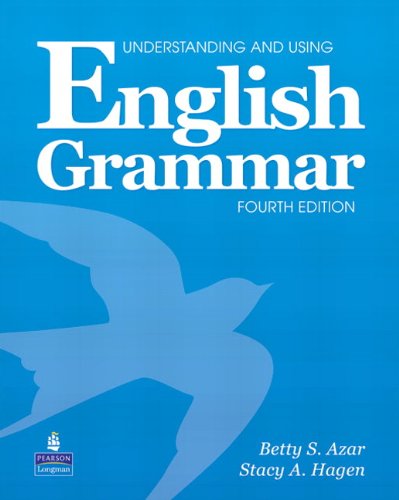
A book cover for Understanding and Using English Grammar, 4th Edition (Book & Audio CD); Betty S. Azar; Reference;